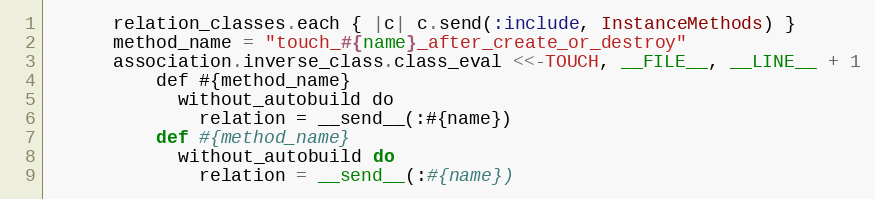
Language: Ruby
      relation_classes.each { |c| c.send(:include, InstanceMethods) }
      method_name = "touch_#{name}_after_create_or_destroy"
      association.inverse_class.class_eval <<-TOUCH, __FILE__, __LINE__ + 1
          def #{method_name}
            without_autobuild do
              relation = __send__(:#{name})